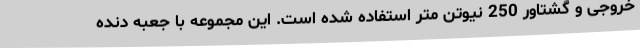
خروجی و گشتاور 250 نیوتن متر استفاده شده است. این مجموعه با جعبه دنده